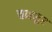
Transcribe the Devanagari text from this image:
चनसुर